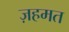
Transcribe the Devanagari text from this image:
ज़हमत